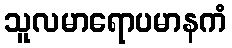
သူလမာရောပမာနကံ